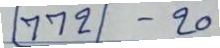
772 - 20